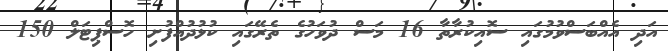
އަދި އެއްބަސްވުމުގައި ސޮއިކުރާތާ 16 މަސް ދުވަހުގެ ތެރޭގައި ކުޅުދުއްފުށި ހޮސްޕިޓަލް 150